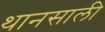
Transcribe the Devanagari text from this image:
थानसाली